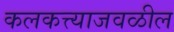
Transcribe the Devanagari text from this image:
कलकत्त्याजवळील